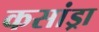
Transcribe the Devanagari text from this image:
कसांड्रा